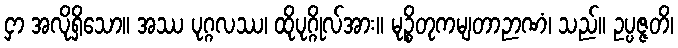
ငှာ အလိုရှိသော။ အဿ ပုဂ္ဂလဿ၊ ထိုပုဂ္ဂိုလ်အား။ မုဉ္စိတုကမျတာဉာဏံ၊ သည်။ ဥပ္ပဇ္ဇတိ၊